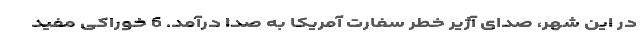
در این شهر، صدای آژیر خطر سفارت آمریکا به صدا درآمد. 6 خوراکی مفید